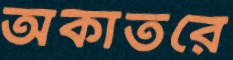
অকাতরে